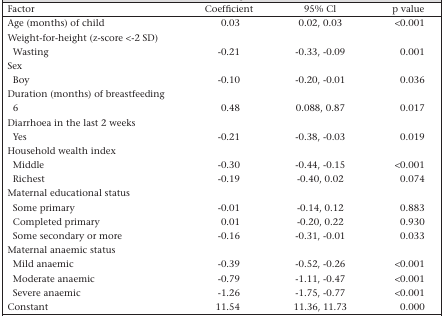
<table><thead><tr><td><b>Factor</b></td><td><b>Coefficient</b></td><td><b>95% Cl</b></td><td><b>p value</b></td></tr></thead><tbody><tr><td>Age (months) of child</td><td>0.03</td><td>0.02, 0.03</td><td>&lt;0.001</td></tr><tr><td colspan="4">Weight-for-height (z-score &lt; −2 SD)</td></tr><tr><td> Wasting</td><td>−0.21</td><td>−0.33, −0.09</td><td>0.001</td></tr><tr><td colspan="4">Sex</td></tr><tr><td> Boy</td><td>−0.10</td><td>−0.20, −0.01</td><td>0.036</td></tr><tr><td colspan="4">Duration (months) of breastfeeding</td></tr><tr><td> 6</td><td>0.48</td><td>0.088, 0.87</td><td>0.017</td></tr><tr><td colspan="4">Diarrhoea in the last 2 weeks</td></tr><tr><td> Yes</td><td>−0.21</td><td>−0.38, −0.03</td><td>0.019</td></tr><tr><td colspan="4">Household wealth index</td></tr><tr><td> Middle</td><td>−0.30</td><td>−0.44, −0.15</td><td>&lt;0.001</td></tr><tr><td> Richest</td><td>−0.19</td><td>−0.40, 0.02</td><td>0.074</td></tr><tr><td colspan="4">Maternal educational status</td></tr><tr><td> Some primary</td><td>−0.01</td><td>−0.14, 0.12</td><td>0.883</td></tr><tr><td> Completed primary</td><td>0.01</td><td>−0.20, 0.22</td><td>0.930</td></tr><tr><td> Some secondary or more</td><td>−0.16</td><td>−0.31, −0.01</td><td>0.033</td></tr><tr><td colspan="4">Maternal anaemic status</td></tr><tr><td> Mild anaemic</td><td>−0.39</td><td>−0.52, −0.26</td><td>&lt;0.001</td></tr><tr><td> Moderate anaemic</td><td>−0.79</td><td>−1.11, −0.47</td><td>&lt;0.001</td></tr><tr><td> Severe anaemic</td><td>−1.26</td><td>−1.75, −0.77</td><td>&lt;0.001</td></tr><tr><td>Constant</td><td>11.54</td><td>11.36, 11.73</td><td>0.000</td></tr></tbody></table>